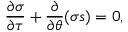
\frac { \partial \sigma } { \partial \tau } + \frac { \partial } { \partial \theta } ( \sigma s ) = 0 ,